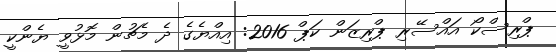
ޕްރިސްކޯ އައްސޭރި ޕްރިޒަން ކަޕް 2016: އިއްޔެގެ ދެ މެޗުން މޮޅުވީ ޔެންކީ